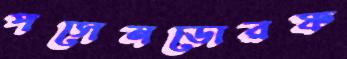
পসেনডোরফ